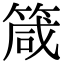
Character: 箴